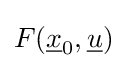
F({\underline {x}}_{0},{\underline {u}})